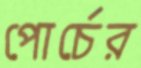
পোর্চের